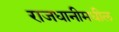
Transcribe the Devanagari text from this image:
राजधानीमधील